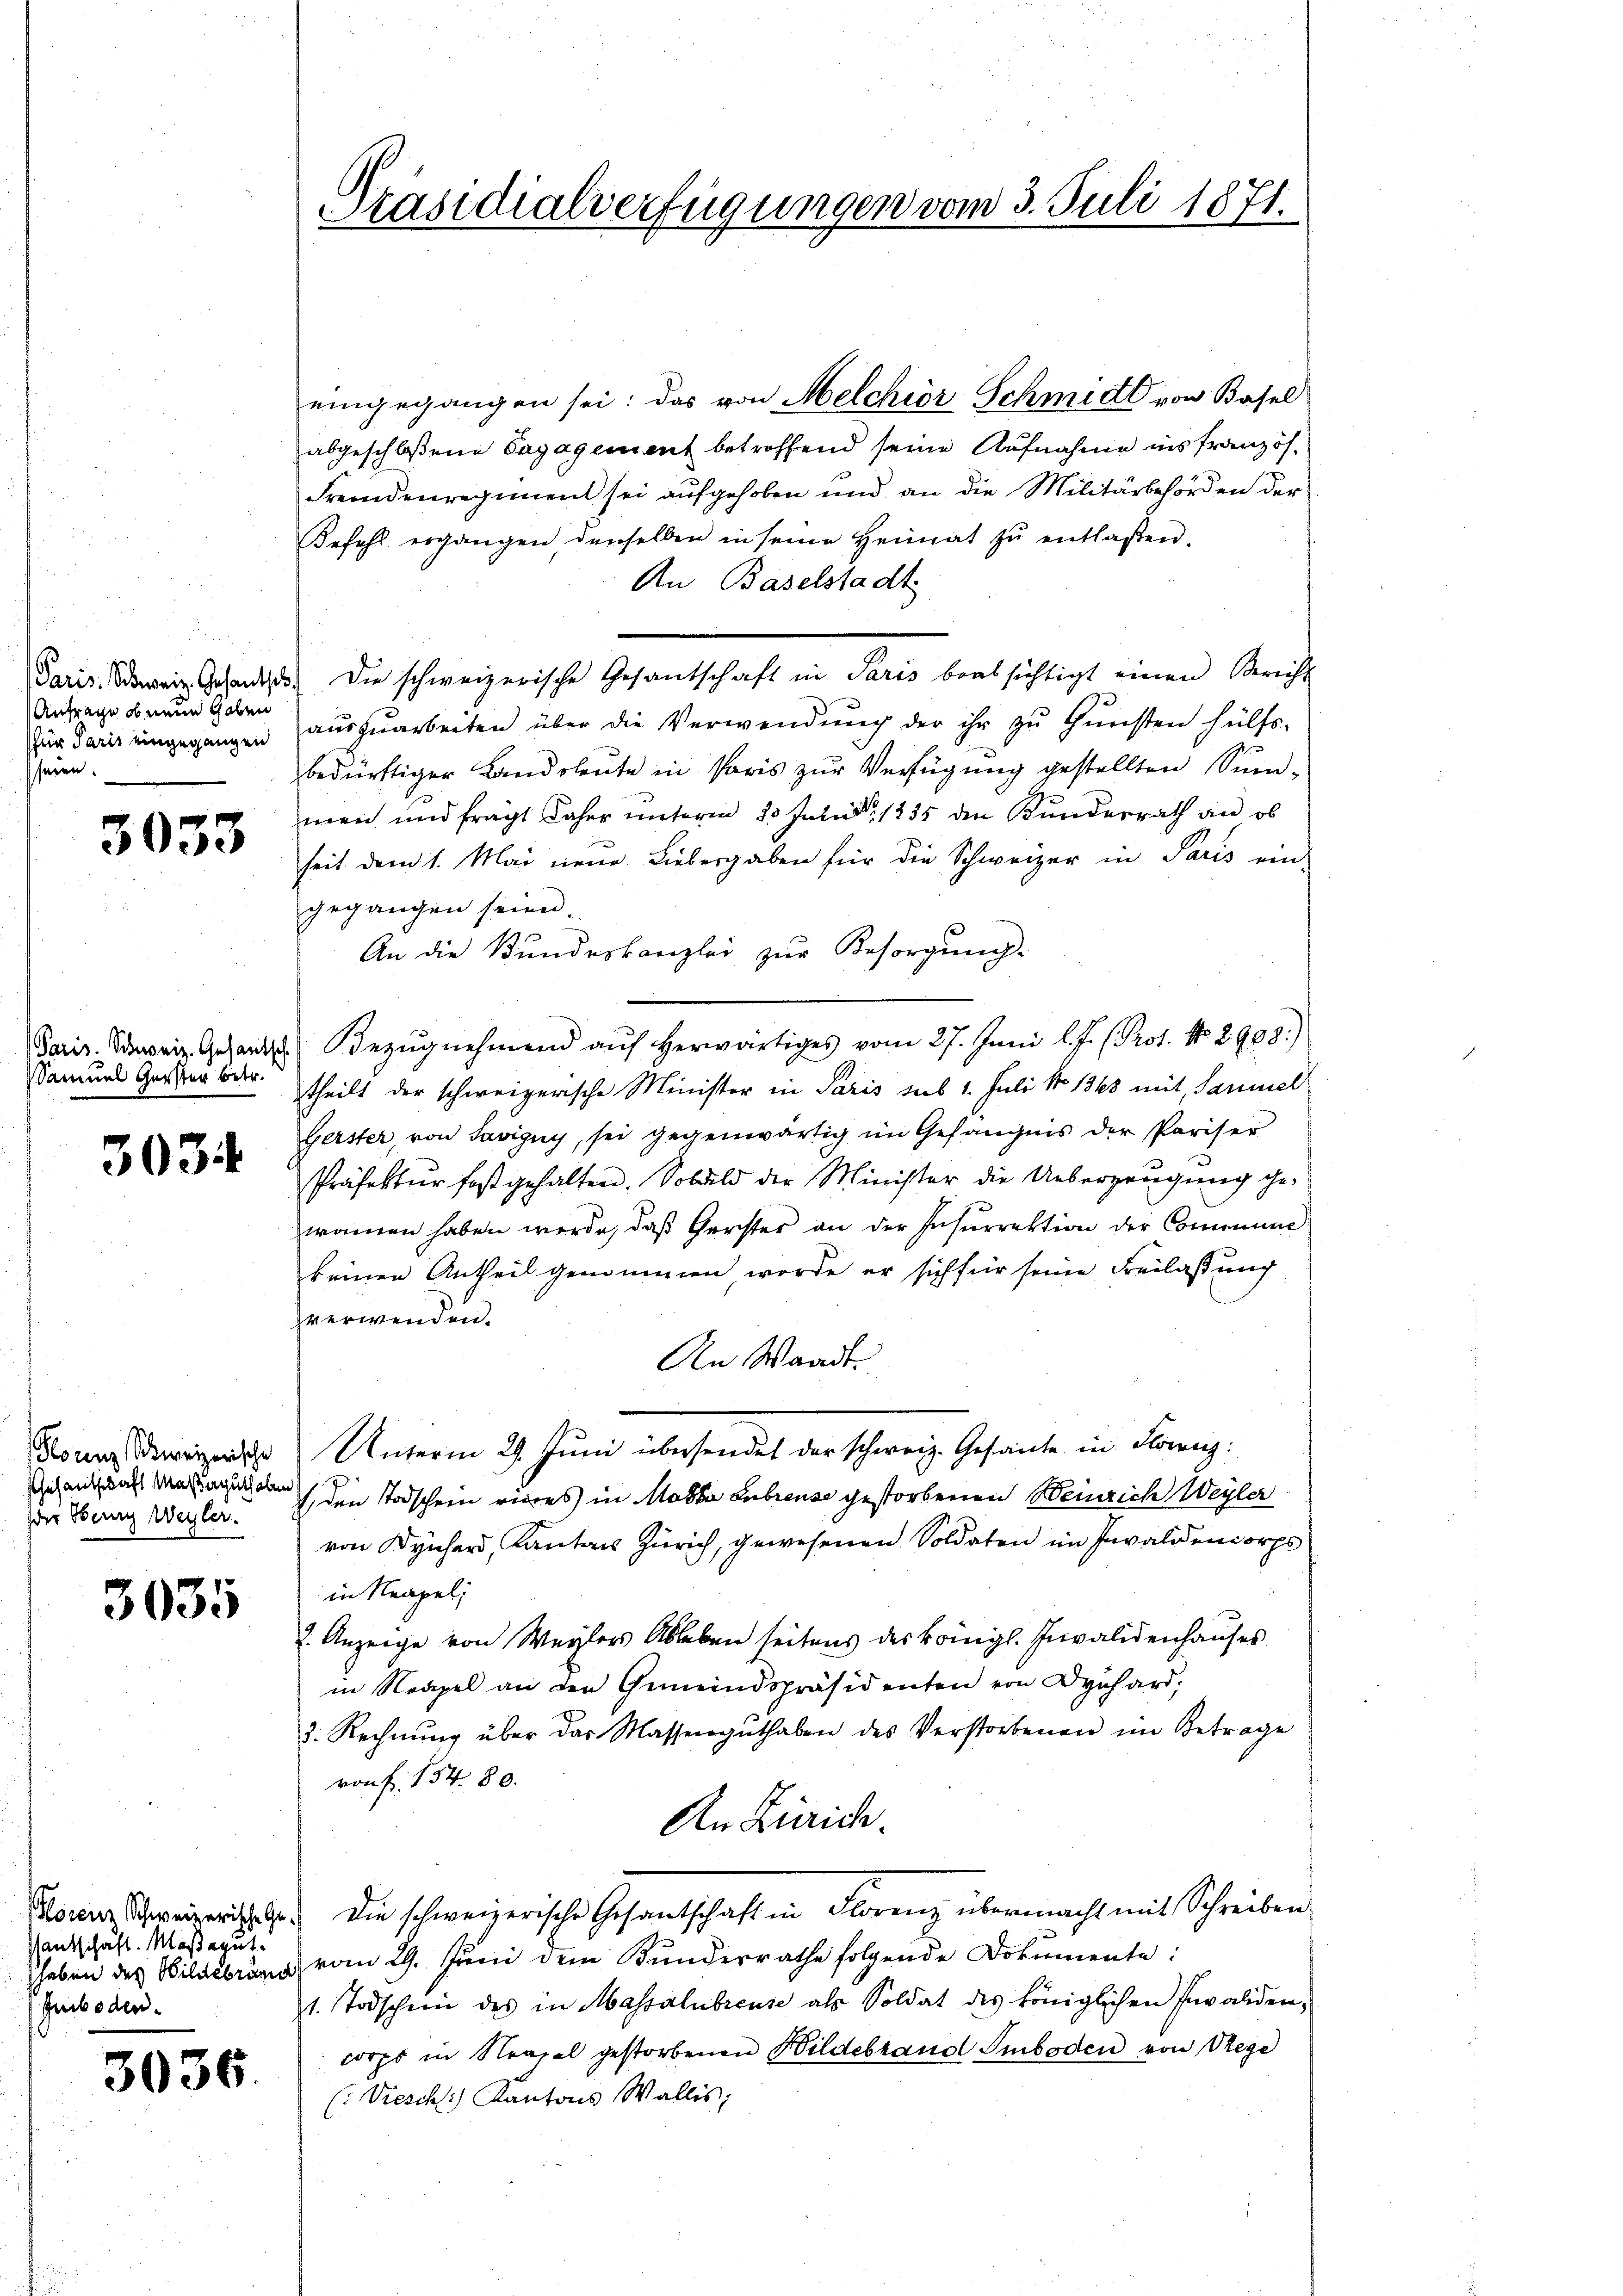
Anfrage ob neun haben
für Paris eingegangen
seien.

3033

Paris. Schweiz. Gesantsch
Samuel Gerster betr.

303

Florenz Schweizerische
schehenthaft Maßaguthaben
der Obern Wegler.

3035

Hantschaft. Maßagut.
Guboden.

3036.

Präsidialverfügungen vom 3. Juli 1871.

eingegangen sei; das von Melchior Schmidt von Basel
abgeschloßene Engagement betroffend seine Aufnahme ins französ¬
Fremdenregiment sei aufgehoben und an die Militärbehörden der
Befehl ergangen denselben in seine Heimat zŭ entlaßen.
An Baselstadt
Paris ein Gesandt. Die schweizerische Gesantschaft in Paris beabsichtigt einen Bericht
aŭszŭarbeiten über die Verwendŭng der ihr zŭ Gŭnsten hülfs-
bedürftiger Landsleute in Paris zŭr Verfügung gestellten Sund-
men und frägt daher unteren 23 Juli 1835 den Kundesrath an ob
seit dem 1. Mai neue Liebergaben für die Schweizer in Paris ein-
gegangen seien.
An die Bundeskanzlei zur Besorgung.
Bezŭgnehmend aŭf herwärtiges vom 27. Juni l. J. (Prot. No. 2908.)
theilt der schweizerische Minister in Paris sub 1. Juli No 1363 mit Saumel
Gerster von Savigny, sei gegenwärtig im Gefängnis der Pariser
Präfektŭr fast gehalten. Sobald der Minister die Ueberzeugung ge-
wonnen haben werde, daß Gerster an der Insurrektion der Commune
keinen Antheil genommen worde er sich für seine Freilassung
verwenden.
An Waadt
Unterm 29. Juni übersendet der schweiz. Gesante in Floren:
(den Todschein eines in Maska Subreuse gestorbenen Weinrich Weyler
von Kücher, Kantons Zürich, gewesenen Soldaten im Invaldencorps
in Neapel
2. Anzeige von Weylors Ableben seitens des Königl. Invalidenhauses
in Neapel an den Gemeindspräsidenten von Dynhard,
2. Rechnŭng über das Massengŭthaben des Verstorbenen im Betrage
von f. 154. 80.
An Zürich.
Rover Schweizericht e.) Die schweizerische Gesantschaft in Florenz übermacht mit Schreiben
heben des Bildebrung vom 29. Juni dem Bunderrathe folgende Dokumente:
1. Todschein des in Massalubreuse als Soldat des königlichen Invaliden,
corps in Neapel gestorbenen Hildebraud Smboden von Wege
(Preschl Kantons Wallis,